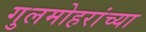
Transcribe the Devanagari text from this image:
गुलमोहरांच्या